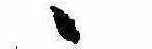
ゝ